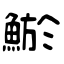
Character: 鯲